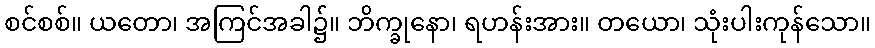
စင်စစ်။ ယတော၊ အကြင်အခါ၌။ ဘိက္ခုနော၊ ရဟန်းအား။ တယော၊ သုံးပါးကုန်သော။